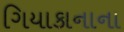
ગિયાકાનાના